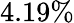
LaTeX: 4.19\%